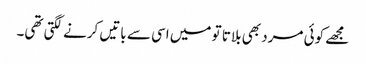
مجھے کوئی مرد بھی بلاتا تو میں اسی سے باتیں کرنے لگتی تھی۔